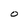
Character: O